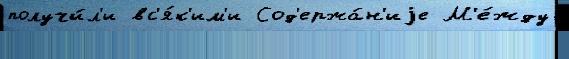
получи́л'и вс'я́к'им'и Сод'ержа́н'иjе М'е́жду